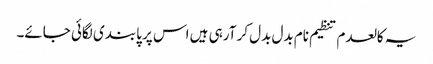
یہ کالعدم تنظیم نام بدل بدل کر آرہی ہیں اس پر پابندی لگائی جائے۔